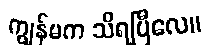
ကျွန်မက သိရပြီလေ။